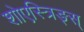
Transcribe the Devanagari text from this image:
शोएस्त्रिङ्स्